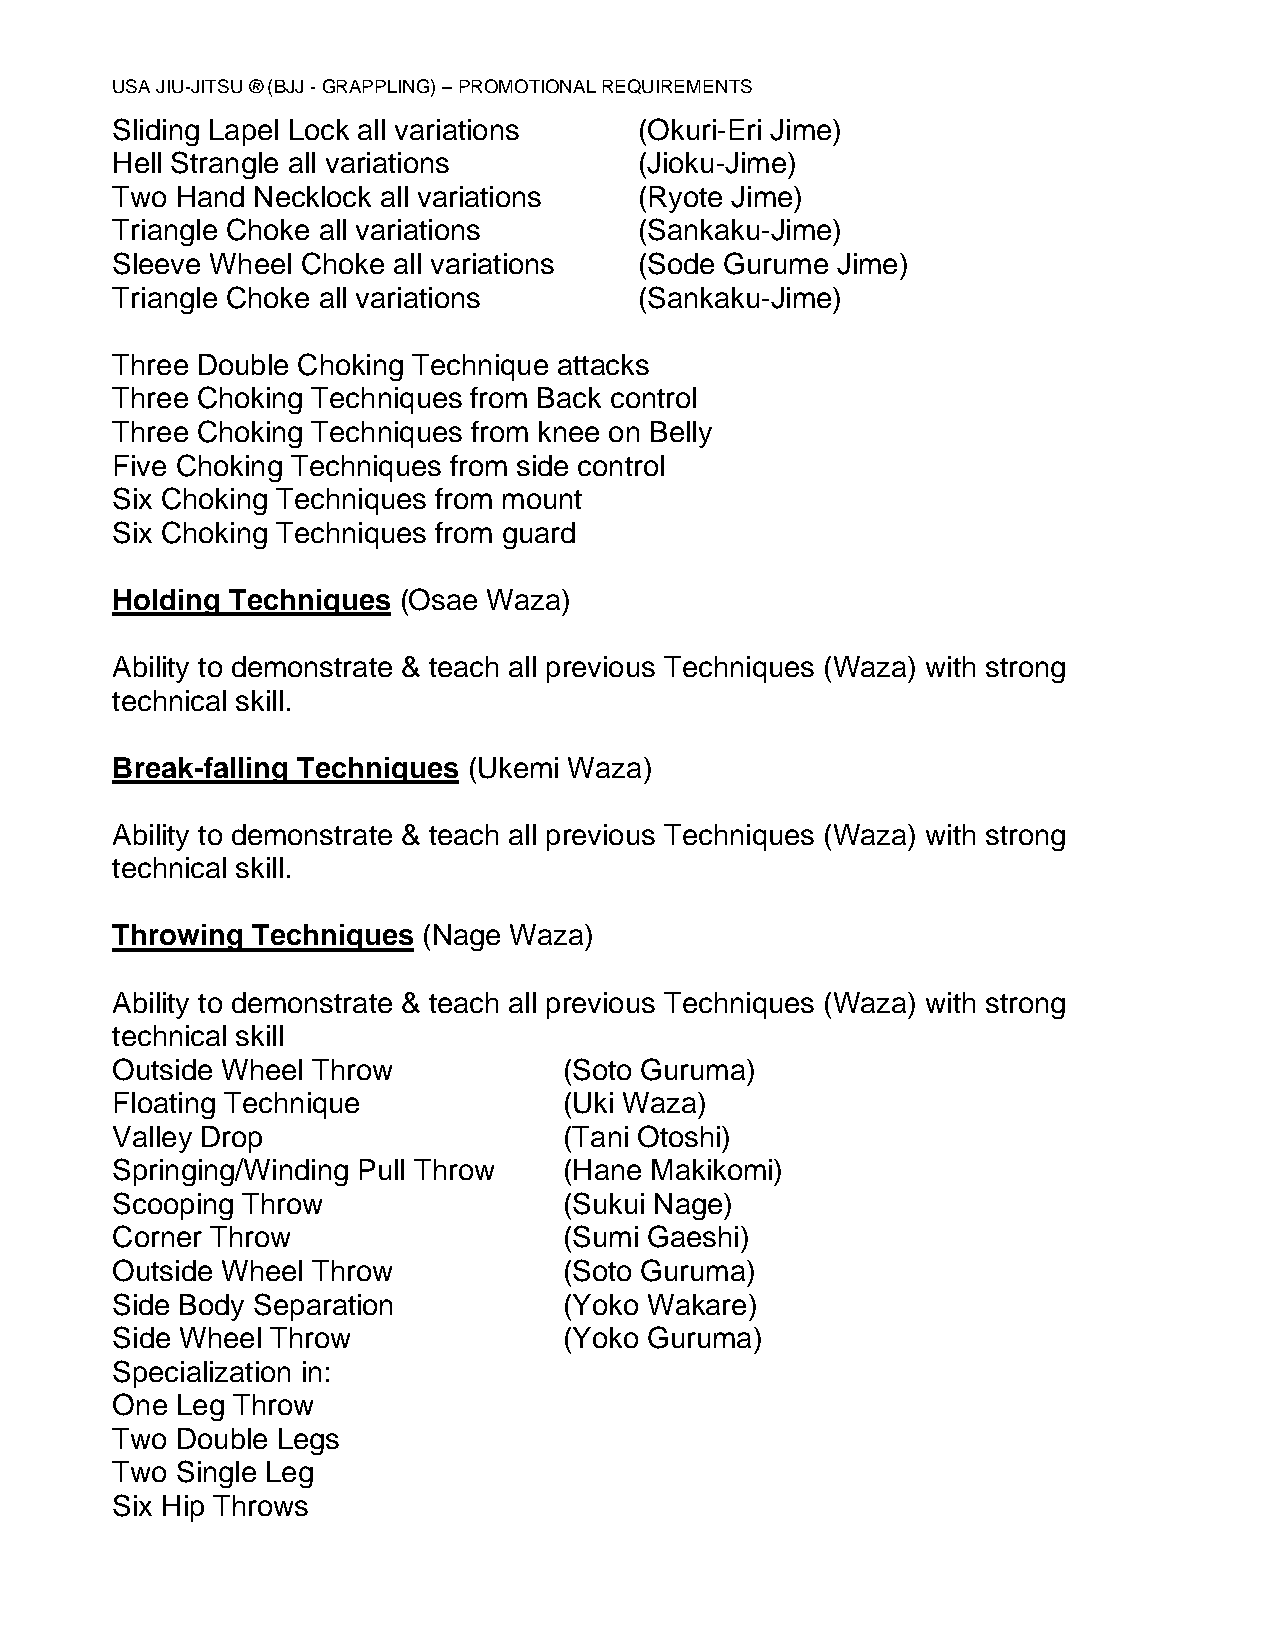
USA JIU-JITSU ® (BJJ - GRAPPLING) – PROMOTIONAL REQUIREMENTS
 Sliding Lapel Lock all variations  (Okuri-Eri Jime)
 Hell Strangle all variations       (Jioku-Jime)
 Two  Hand Necklock all variations  (Ryote Jime)
 Triangle Choke all variations      (Sankaku-Jime)
 Sleeve Wheel Choke all variations  (Sode Gurume Jime)
 Triangle Choke all variations      (Sankaku-Jime)
 Three Double Choking Technique attacks
 Three Choking Techniques from Back control
 Three Choking Techniques from knee on Belly
 Five Choking Techniques from side control
 Six Choking Techniques from mount
 Six Choking Techniques from guard
 Holding Techniques (Osae Waza)
 Ability to demonstrate & teach all previous Techniques (Waza) with strong
 technical skill.
 Break-falling Techniques (Ukemi Waza)
 Ability to demonstrate & teach all previous Techniques (Waza) with strong
 technical skill.
 Throwing  Techniques (Nage Waza)
 Ability to demonstrate & teach all previous Techniques (Waza) with strong
 technical skill
 Outside Wheel Throw           (Soto Guruma)
 Floating Technique            (Uki Waza)
 Valley Drop                   (Tani Otoshi)
 Springing/Winding Pull Throw  (Hane Makikomi)
 Scooping Throw                (Sukui Nage)
 Corner Throw                  (Sumi Gaeshi)
 Outside Wheel Throw           (Soto Guruma)
 Side Body Separation          (Yoko Wakare)
 Side Wheel Throw              (Yoko Guruma)
 Specialization in:
 One  Leg Throw
 Two  Double Legs
 Two  Single Leg
 Six Hip Throws